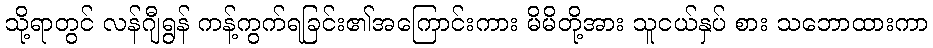
သို့ရာတွင် လန်ဂျီရွန် ကန့်ကွက်ရခြင်း၏အကြောင်းကား မိမိတို့အား သူငယ်နှပ် စား သဘောထားကာ